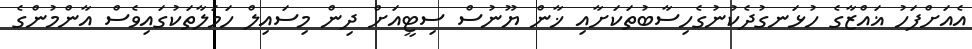
އެއަށްފަހު ޣައްޒާގެ ހުޅަނގުދެކުނުގެހިސާބުތަކަށާއި ޚާން ޔޫނުސް ސިޓީއަށް ދިން މިސައިލް ހަމަލާތަކުގައިވެސް އާންމުންގެ